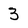
Character: 3